Report of the Lahore Medical School Hospital
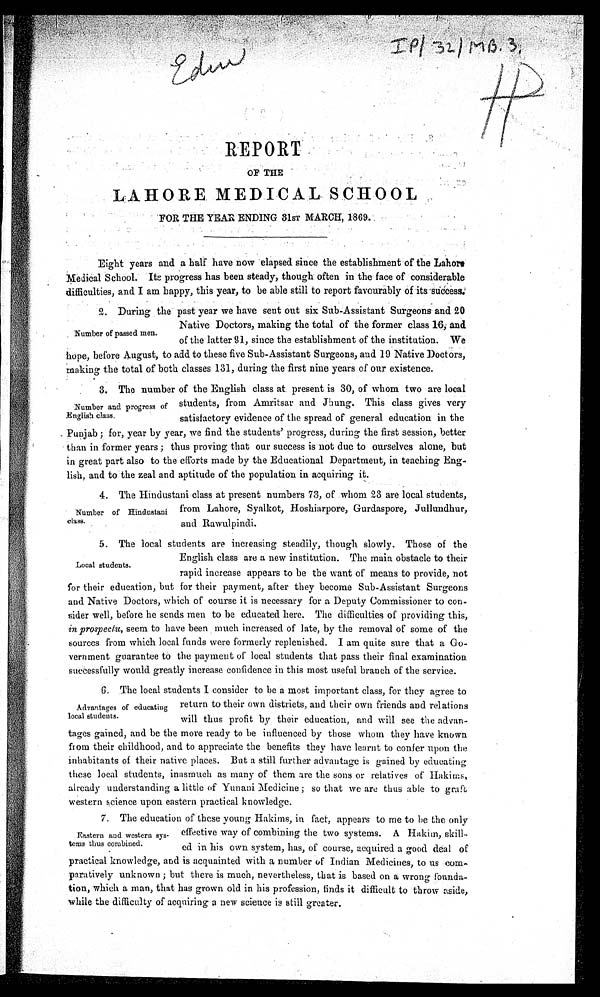
E d u l
REPORT
OF THE
LAHORE MEDICAL SCHOOL
FOR THE YEAR. ENDING 31ST MARCH, 1869.
Eight years and a half have now elapsed since the establishment of the Lahore
Medical School. Its progress has been steady, though often in the face of considerable
difficulties, and I am happy, this year, to be able still to report favourably of its success.
2. During the past year we have sent out six Sub-Assistant Surgeons and 20
Native Doctors, making the total of the former class 16 and
of the latter 91, since the establishment of the institution. We
hope, before August, to add to these five Sub-Assistant Surgeons, and 19 Native Doctors,
making the total of both classes 131, during the first nine years of our existence.
3. The number of the English class at present is 30, of whom two are local
students, from Amritsar and Jhung. This class gives very
satisfactory evidence of the spread of general education in the
Punjab ; for, year by year, we find the students' progress, during the first session, better
than in former years ; thus proving that our success is not due to ourselves alone, but
in great part also to the efforts made by the Educational Department, in teaching Eng-
lish, and to the zeal and aptitude of the population in acquiring it.
4. The Hindustani class at present numbers 73, of whom 23 are local students,
from Lahore, Syalkot, Hoshiarpore, Gurdaspore, Jullundhur,
and Rawulpindi.
5. The local students are increasing steadily, though slowly. Those of the
English class are a new institution. The main obstacle to their
rapid increase appears to be the want of means to provide, not
for their education, but for their payment, after they become Sub-Assistant Surgeons
and Native Doctors, which of course it is necessary for a Deputy Commissioner to con-
sider well, before he sends men to be educated here. The difficulties of providing this,
in prospectu, seem to have been much increased of late, by the removal of some of the
sources from which local funds were formerly replenished. I am quite sure that a Go-
vernment guarantee to the payment of local students that pass their final examination.
successfully would greatly increase confidence in this most useful branch of the service.
6. The local students I consider to be a most important class, for they agree to
return to their own districts, and their own friends and relations
will thus profit by their education, and will see the advan-
tages gained, and be the more ready to be influenced by those whom they have known
from their childhood, and to appreciate the benefits they have learnt to confer upon the
inhabitants of their native places. But a still further advantage is gained by educating
these local students, inasmuch as many of them are the sons or relatives of Hakims,
already understanding a little of Yunani Medicine ; so that we are thus able to graft
western science upon eastern practical knowledge.
7. The education of these young Hakims, in fact, appears to me to be the only
effective way of combining the two systems. A Hakim, skill-
ed in his own system, has, of course, acquired a good deal of
practical knowledge, and is acquainted with a number of Indian Medicines, to us com-
paratively unknown ; but there is much, nevertheless, that is based on a wrong founda-
tion, which a man, that has grown old in his profession, finds it difficult to throw aside,
while the difficulty of acquiring a new science is still greater.
Number of passed men.
Number and progress of
:English class.
Number of Hindustani
class.
Local students.
Advantages of educating
local students.
Eastern and western sys-
tems thus combined.